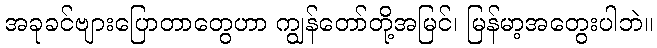
အခုခင်ဗျားပြောတာတွေဟာ ကျွန်တော်တို့အမြင်၊ မြန်မာ့အတွေးပါဘဲ။